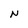
Character: N